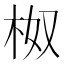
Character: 𭩯